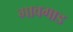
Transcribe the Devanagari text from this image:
गावगाड